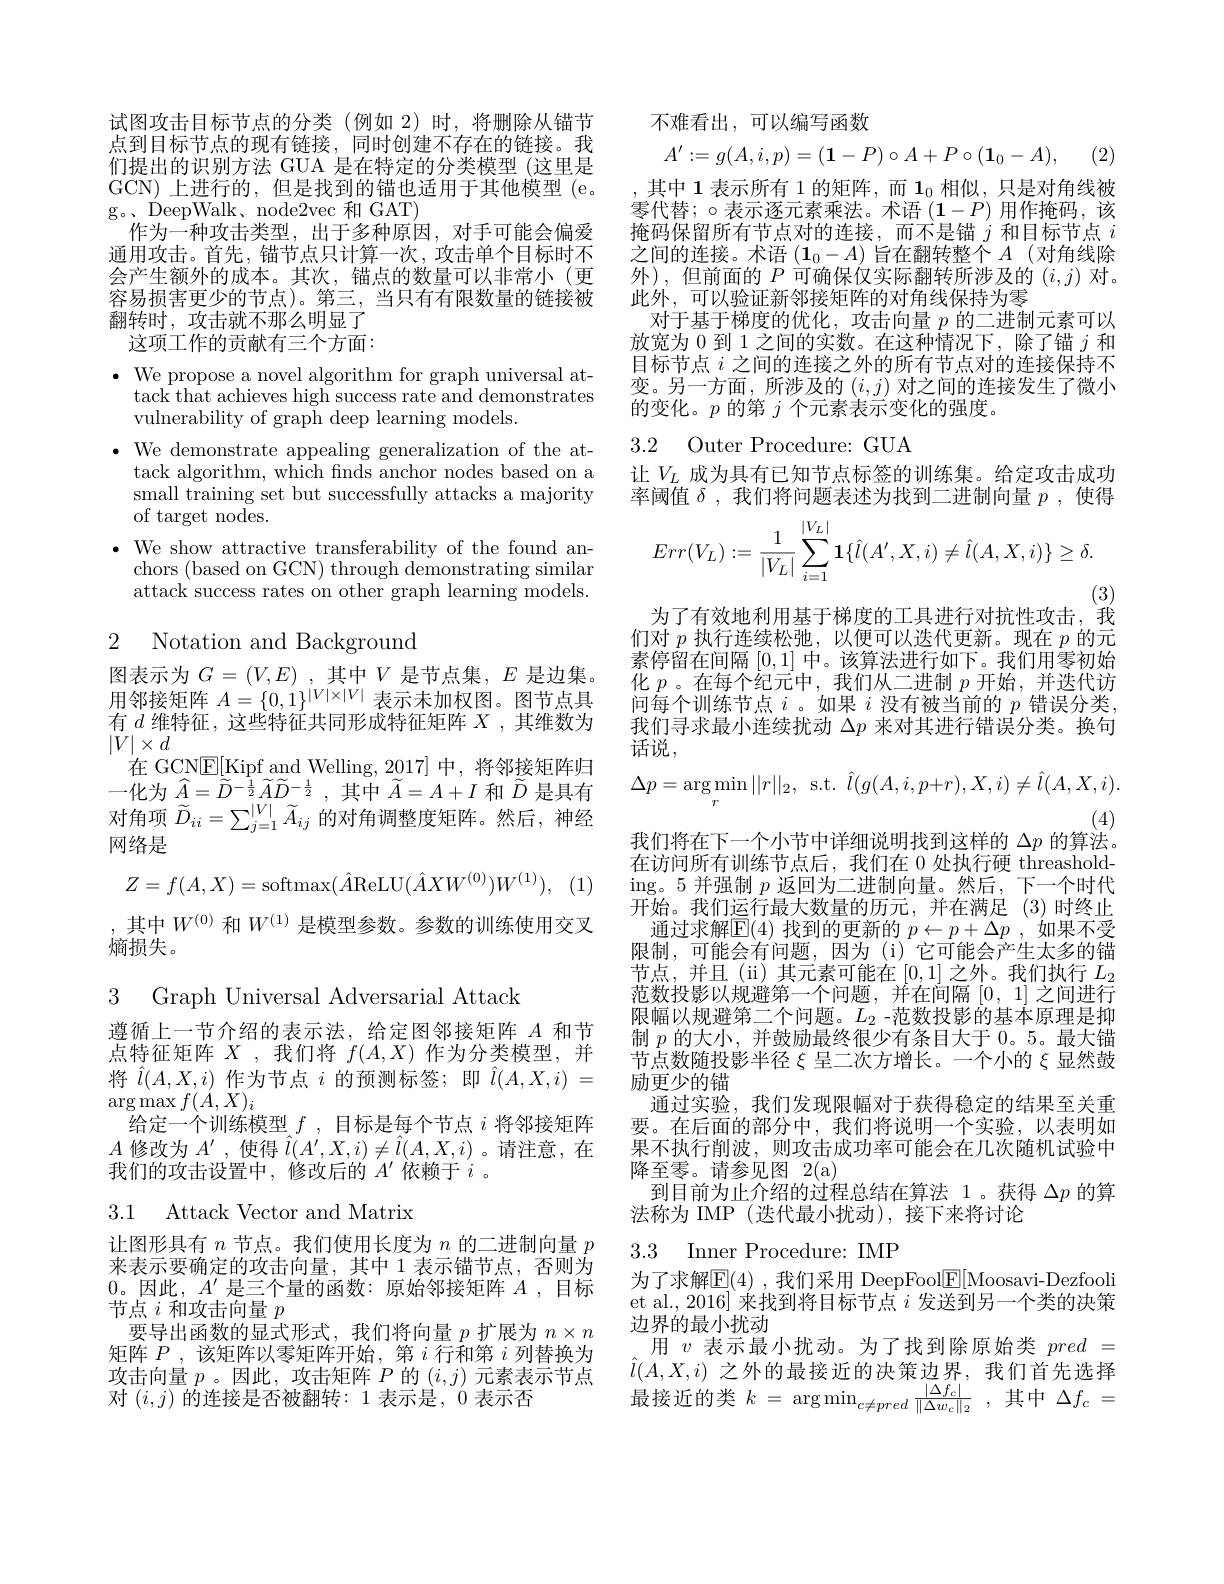
试图攻击目标节点的分类(例如 2)时，将删除从锚节点到目标节点的现有链接，同时创建不存在的链接。我们提出的识别方法 GUA 是在特定的分类模型 (这里是GCN)上进行的，但是找到的锚也适用于其他模型(e。g。、DeepWalk、node2vec 和 GAT)
作为一种攻击类型，出于多种原因，对手可能会偏爱通用攻击。首先，锚节点只计算一次，攻击单个目标时不会产生额外的成本。其次，锚点的数量可以非常小(更容易损害更少的节点)。第三，当只有有限数量的链接被翻转时，攻击就不那么明显了这项工作的贡献有三个方面：

$\bullet$ We propose a novel algorithm for graph universal at-
$\bar{\text{tack that achieves high success rate and demonstrates}}$
vulnerability of graph deep learning models.
$\bullet$ We demonstrate appealing generalization of the at-
tack algorithm, which fnds anchor nodes based on a small training set but successfully attacks a majority of target nodes.
· We show attractive transferability of the found an-
chors (based on GCN) through demonstrating similar attack success rates on other graph learning models.

2 Notation and Background

图表示为$G=(V,E)$ ,其中$V$是节点集，$E$是边集。用邻接矩阵$A=\{0,1\}^{|V|\times|V|}$表示未加权图。图节点具有$d$维特征，这些特征共同形成特征矩阵$X$ ,其维数为$|V|\times d$
在 GCN$\underline{\mathrm{E}}[$Kipf and Welling,2017] 中，将邻接矩阵归一 化 为 $\widehat{A} = \widetilde{D} ^{- \frac 12}\widetilde{A} \widetilde{D} ^{- \frac 12}$ ,其 中 $\widetilde{A} = A+ I$ 和 $\widetilde{D}$ 是 具 有 对 角 项 $\widetilde{D} _{ii}= \sum _{j= 1}^{| V| }\widetilde{A} _{ij}$ 的 对 角 调 整 度 矩 阵 。然 后 , 神 经 回 你 目网络是
$$Z=f(A,X)=\mathrm{softmax}(\hat{A}\mathrm{ReLU}(\hat{A}XW^{(0)})W^{(1)}),$$
,其中$W^{(0)}$和$W^{(1)}$是模型参数。参数的训练使用交叉
熵损失。
3 Graph Universal Adversarial Attack
遵循上一节介绍的表示法，给定图邻接矩阵$A$和节点特征矩阵$X$ ,我们将$f(A,X)$作为分类模型，并将$\hat{l}(A,X,i)$作为节点$i$的预测标签；即$\hat{l}(A,X,i)=$ $\arg\operatorname*{max}f(\dot{A},X)_{i}$
给定一个训练模型$f$,目标是每个节点$i$将邻接矩阵$A$修改为$A^\prime$,使得$\hat{l}(A^\prime,X,i)\neq\hat{l}(A,X,i)$ 。请注意，在我们的攻击设置中，修改后的$A^\prime$依赖于$i$ 。

3.1 Attack Vector and Matrix

让图形具有$n$节点。我们使用长度为$n$的二进制向量$p$ 来表示要确定的攻击向量，其中 1 表示锚节点，否则为0。因此，$A^\prime$是三个量的函数：原始邻接矩阵$A$ ,目标节点$i$和攻击向量$p$
要导出函数的显式形式，我们将向量$p$扩展为$n\times n$ 矩阵$P$,该矩阵以零矩阵开始，第$i$行和第$i$列替换为

不难看出，可以编写函数
$$A':=g(A,i,p)=(\mathbf{1}-P)\circ A+P\circ(\mathbf{1}_0-A),$$
(2)

,其中 1 表示所有 1 的矩阵，而$\mathbf{1}_0$相似，只是对角线被零代替；$\circ$表示逐元素乘法。术语 $(1-P)$ 用作掩码，该掩码保留所有节点对的连接，而不是锚$j$和目标节点$i$ 之间的连接。术语$(\mathbf{1}_0-A)$旨在翻转整个$A$ (对角线除外),但前面的$P$可确保仅实际翻转所涉及的$(i,j)$对。此外，可以验证新邻接矩阵的对角线保持为零
对于基于梯度的优化，攻击向量$p$的二进制元素可以放宽为$\overline{0}$到 1 之间的实数。在这种情况下，除了锚$j$和目标节点$i$之间的连接之外的所有节点对的连接保持不变。另一方面，所涉及的$(i,j)$对之间的连接发生了微小的变化。$p$的第$j$个元素表示变化的强度。

3.2 Outer Procedure: GUA

让$V_L$ 成为具有已知节点标签的训练集。给定攻击成功率阈值$\delta$,我们将问题表述为找到二进制向量$p$,使得
$$Err(V_L):=\frac{1}{|V_L|}\sum_{i=1}^{|V_L|}\mathbf{1}\{\hat{l}(A',X,i)\neq\hat{l}(A,X,i)\}\geq\delta.$$
(3)
为了有效地利用基于梯度的工具进行对抗性攻击，我
$$\Delta p=\arg\min_{r}||r||_{2},\:\mathrm{s.t.}\:\hat{l}(g(A,i,p+r),X,i)\neq\hat{l}(A,X,i).$$
(4)
我们将在下一个小节中详细说明找到这样的$\Delta p$的算法。

们对$p$执行连续松弛，以便可以迭代更新。现在$p$的元素停留在间隔[0,1]中。该算法进行如下。我们用零初始化$p$ 。在每个纪元中，我们从二进制$p$开始，并迭代访问每个训练节点$i$ 。如果$i$没有被当前的$p$错误分类， 我们寻求最小连续扰动$\Delta p$来对其进行错误分类。换句话说，
在访问所有训练节点后，我们在 0 处执行硬 threashold- $\operatorname{ing。5}$并强制 $p$ 返回为二进制向量。然后，下一个时代开始。我们运行最大数量的历元，并在满足(3)时终止
通过求解$\mathbb{E}(4)$找到的更新的$p\leftarrow p+\Delta p$,如果不受限制，可能会有问题，因为(i)它可能会产生太多的锚节点，并且(ii)其元素可能在 [0,1]之外。我们执行 $L_2$ 范数投影以规避第一个问题，并在间隔[0,1]之间进行限幅以规避第二个问题。$L_2$ -范数投影的基本原理是抑制$p$的大小，并鼓励最终很少有条目大于0。5。最大锚节点数随投影半径$\xi$呈二次方增长。一个小的$\xi$显然鼓励更少的锚
通过实验，我们发现限幅对于获得稳定的结果至关重要。在后面的部分中，我们将说明一个实验，以表明如果不执行削波，则攻击成功率可能会在几次随机试验中降至零。请参见图 2(a)
到目前为止介绍的过程总结在算法 1。获得$\Delta p$的算
法称为 IMP (迭代最小扰动),接下来将讨论

## 3.3 Inner Procedure: IMP

为了求解$\underline{\mathrm{E}}(4)$ ,我们采用 DeepFool$\underline{\mathrm{F}}[$Moosavi-Dezfooli et al., 2016] 来找到将目标节点$i$发送到另一个类的决策边界的最小扰动
用$v$表示最小扰动。为了找到除原始类$pred=$